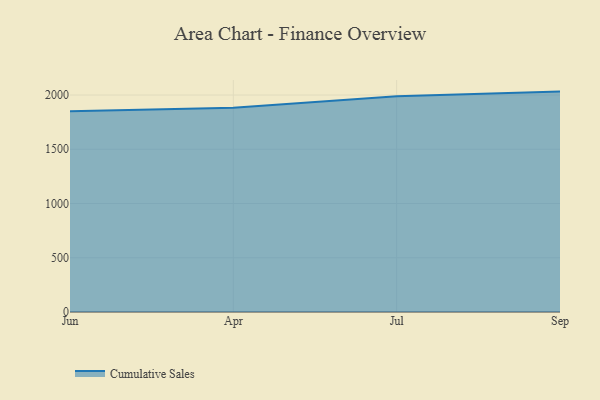
{"axis": {"x": "Month", "y": "Conversion Rate (%)"}, "legend": ["Cumulative Sales"], "data": [{"x": "Jun", "y": 1850.1, "type": "Cumulative Sales"}, {"x": "Apr", "y": 1882.6, "type": "Cumulative Sales"}, {"x": "Jul", "y": 1989.3, "type": "Cumulative Sales"}, {"x": "Sep", "y": 2031.6, "type": "Cumulative Sales"}]}